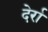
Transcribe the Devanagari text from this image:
देर्रा